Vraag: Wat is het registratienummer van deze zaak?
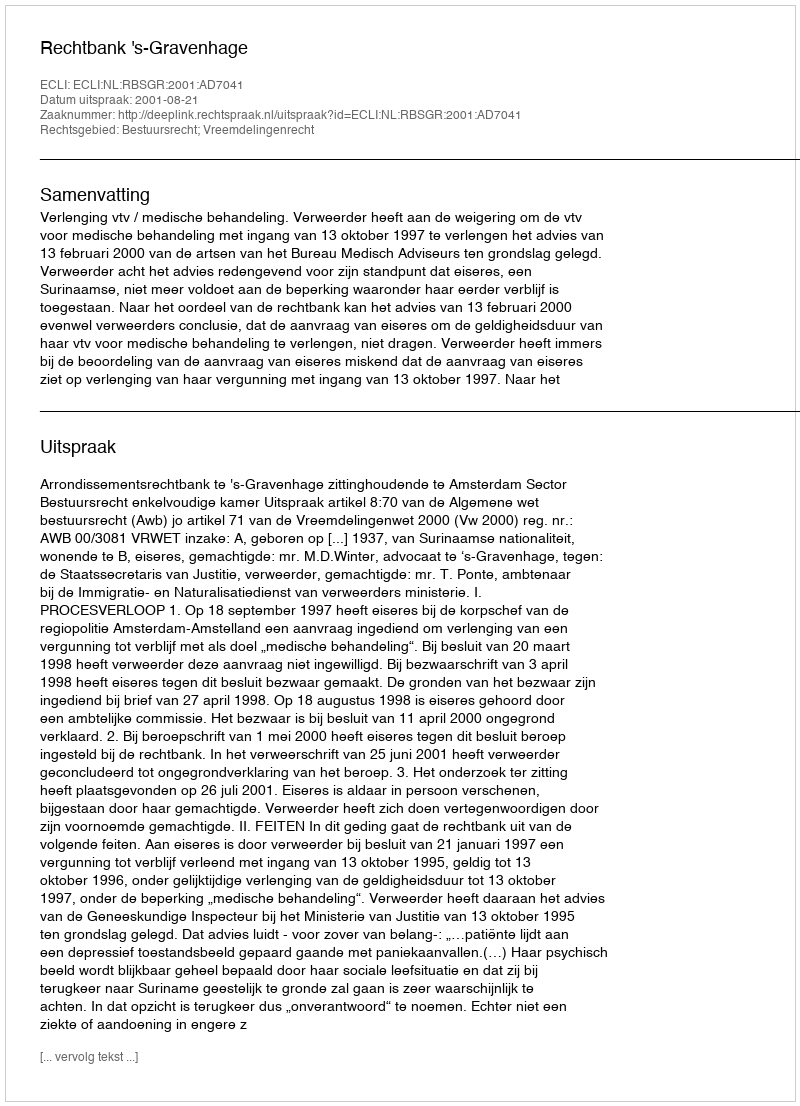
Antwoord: http://deeplink.rechtspraak.nl/uitspraak?id=ECLI:NL:RBSGR:2001:AD7041